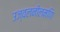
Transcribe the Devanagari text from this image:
उज्वलनीलमणि